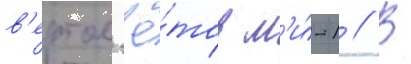
в'ертол'ё́тов м'и́-1 // В